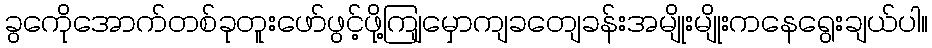
ခွကေိုအောက်တစ်ခုတူးဖော်ဖွင့်ဖို့ကျြမှောကျခတျေခန်းအမျိုးမျိုးကနေရွေးချယ်ပါ။